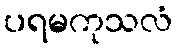
ပရမကုသလံ